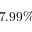
7 . 9 9 \%